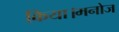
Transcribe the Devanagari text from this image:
किया।मनोज